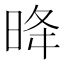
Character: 𪰠